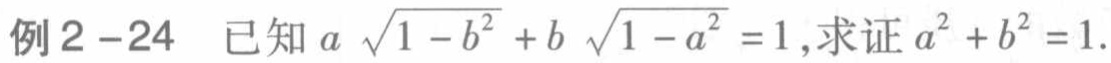
例2 - 24 已知\(a\sqrt{1 - b^{2}}+b\sqrt{1 - a^{2}} = 1\)，求证\(a^{2}+b^{2}=1\)